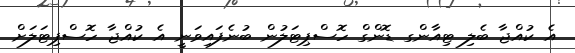
އެ ކުއްޖާ ބެލި ޓިއާންގ ޑޮންގް ހޮސްޕިޓަލުން ބުނެފައިވަނީ އެ ކުއްޖާ ހޮސްޕިޓަލަށް